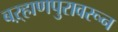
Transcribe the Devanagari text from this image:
बऱ्हाणपुरावरून